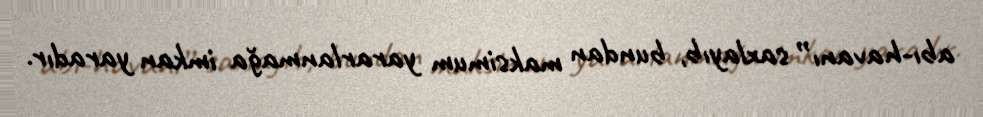
abı-havanı” saxlayıb, bundan maksimum yararlanmağa imkan yaradır.